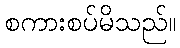
စကားစပ်မိသည်။